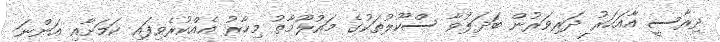
ދިރާސީ އާއަހަރު ދަރިވަރުން ބަދަލުވާ ސްކޫލުތަކުގެ މައުލޫމާތު މިހާރު އެއްކުރެވިފައި ކަމަށާއި އަންނަ